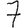
Digit: 7